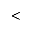
<